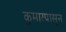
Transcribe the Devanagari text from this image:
कुमारपासून